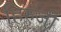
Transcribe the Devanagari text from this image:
हिरुजी